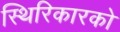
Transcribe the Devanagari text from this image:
स्थिरिकारको